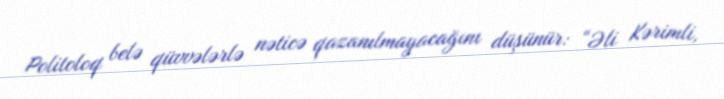
Politoloq belə qüvvələrlə nəticə qazanılmayacağını düşünür: “Əli Kərimli,